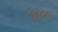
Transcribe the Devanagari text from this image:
४४८०